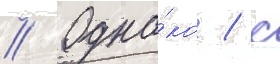
// Одна́ко / с